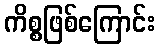
ကိစ္စဖြစ်ကြောင်း